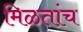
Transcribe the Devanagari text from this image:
मिळतांच